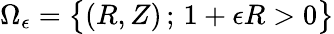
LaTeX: \Omega_{\epsilon}=\bigl\{ (R,Z)\, ;\, 1+\epsilon R>0\bigr\}